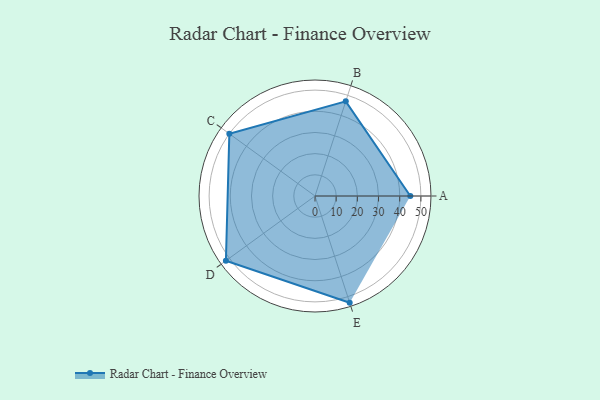
{"axis": {"x": "Skill", "y": "Score"}, "legend": ["Profile"], "data": [{"x": "A", "y": 45.0, "type": "Profile"}, {"x": "B", "y": 47.0, "type": "Profile"}, {"x": "C", "y": 50.0, "type": "Profile"}, {"x": "D", "y": 52.0, "type": "Profile"}, {"x": "E", "y": 53.0, "type": "Profile"}]}